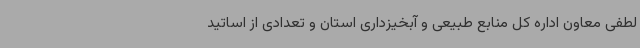
لطفی معاون اداره کل منابع طبیعی و آبخیزداری استان و تعدادی از اساتید